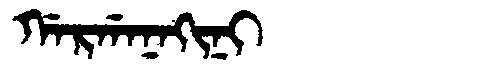
Manchu: ᡤᠠᡵᡤᠠᠨᠠᡴᡳᠨᡳ
Romanization: GARGANAKINI